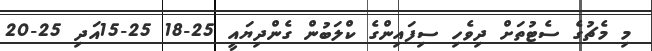
މި މެޗުގެ ސެޓުތަށް ދިވެހި ސިފައިންގެ ކްލަބުން ގެންދިޔައީ 25-18 25-15އަދި 25-20